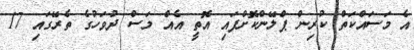
އެ މަސައްކަތް ކުރިން ޕްލޭންކޮށްފައި އޮތީ އެއް މަސް ދުވަހުގެ ތެރޭގައި 17